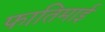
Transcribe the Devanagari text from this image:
फातिमाई